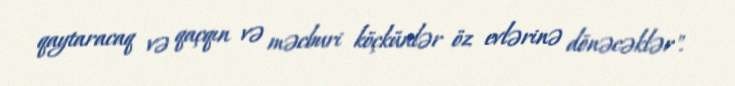
qaytaracaq və qaçqın və məcburi köçkünlər öz evlərinə dönəcəklər".